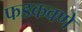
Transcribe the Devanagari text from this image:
फडकवणे